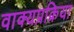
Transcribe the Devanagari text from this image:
वाक्यप्रक्रिया